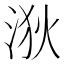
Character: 𪶆